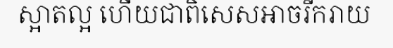
ស្អាតល្អ ហើយជាពិសេសអាចរីករាយ